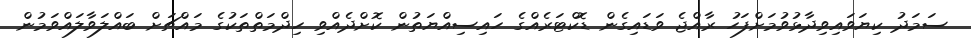
ސަމަދު ކިޔަވައިވިދާޅުވުމަށްފަހު ރާއްޖެ ވަޑައިގެން ޑޮކްޓަރެއްގެ ހައިސިއްޔަތުން ކޮށްދެއްވި ހިދްމަތްތަކުގެ މައްޗަށް ބައްލަވާލައްވަމުން